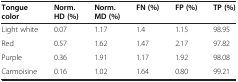
<table><thead><tr><td><b>Tongue color</b></td><td><b>Norm. HD (%)</b></td><td><b>Norm. MD (%)</b></td><td><b>FN (%)</b></td><td><b>FP (%)</b></td><td><b>TP (%)</b></td></tr></thead><tbody><tr><td>Light white</td><td>0.07</td><td>1.17</td><td>1.4</td><td>1.15</td><td>98.95</td></tr><tr><td>Red</td><td>0.57</td><td>1.62</td><td>1.47</td><td>2.17</td><td>97.82</td></tr><tr><td>Purple</td><td>0.36</td><td>1.91</td><td>1.17</td><td>1.92</td><td>98.08</td></tr><tr><td>Carmoisine</td><td>0.16</td><td>1.02</td><td>1.64</td><td>0.80</td><td>99.21</td></tr></tbody></table>